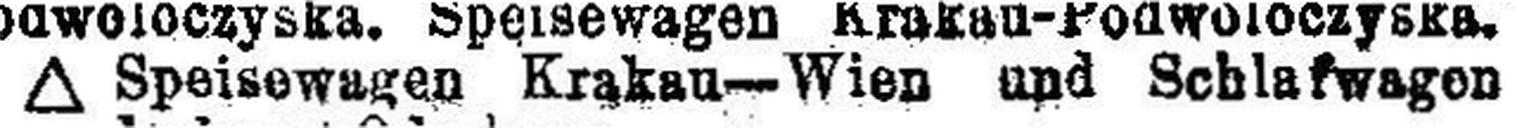
∆ Speisewagen Krakau — Wien und Schalfwagen